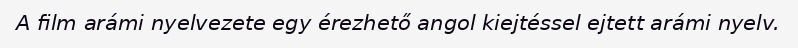
A film arámi nyelvezete egy érezhető angol kiejtéssel ejtett arámi nyelv.